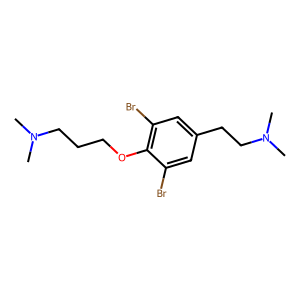
SMILES: CN(C)CCCOc1c(Br)cc(CCN(C)C)cc1Br
Inhibits HIV replication: No